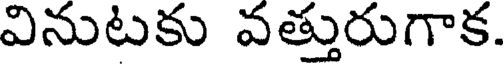
వినుటకు వత్తురుగాక.